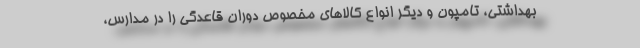
بهداشتی، تامپون و دیگر انواع کالاهای مخصوص دوران قاعدگی را در مدارس،